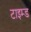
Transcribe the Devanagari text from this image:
टाइम्ड